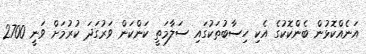
އަނެއްކޮޅުން ބެންކޮކުގެ އެކި ހިސާބުތަކުގައި ސަލާމަތީ ކަންކަން ވަރުގަދަ ކުރުމަށް ވަނީ 2700